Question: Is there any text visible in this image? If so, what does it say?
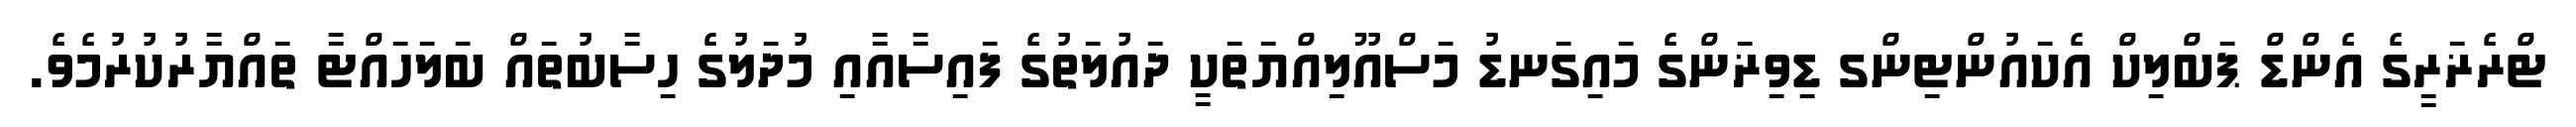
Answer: ޓްރެޜަރީގެ އެންޑް ޕަބްލިކް އެކައުންޓިންގ ޑިވިޜަންގެ މައިގަނޑު މަސްއޫލިއްޔަތަކީ ދައުލަތުގެ ފައިސާއާއި މުދަލުގެ ހިސާބުތައް ބަލަހައްޓާ ތައްޔާރުކުރުމެވެ.